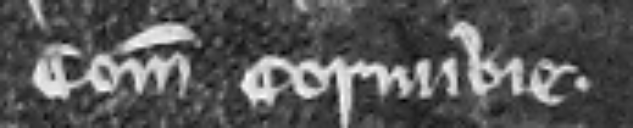
Comitis Cornubie.